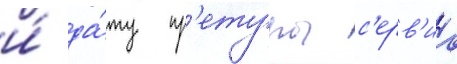
и́ да́ту пр'етуры с'ерв'иа